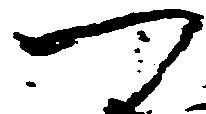
つ